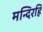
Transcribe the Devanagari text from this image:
मन्दिरहि